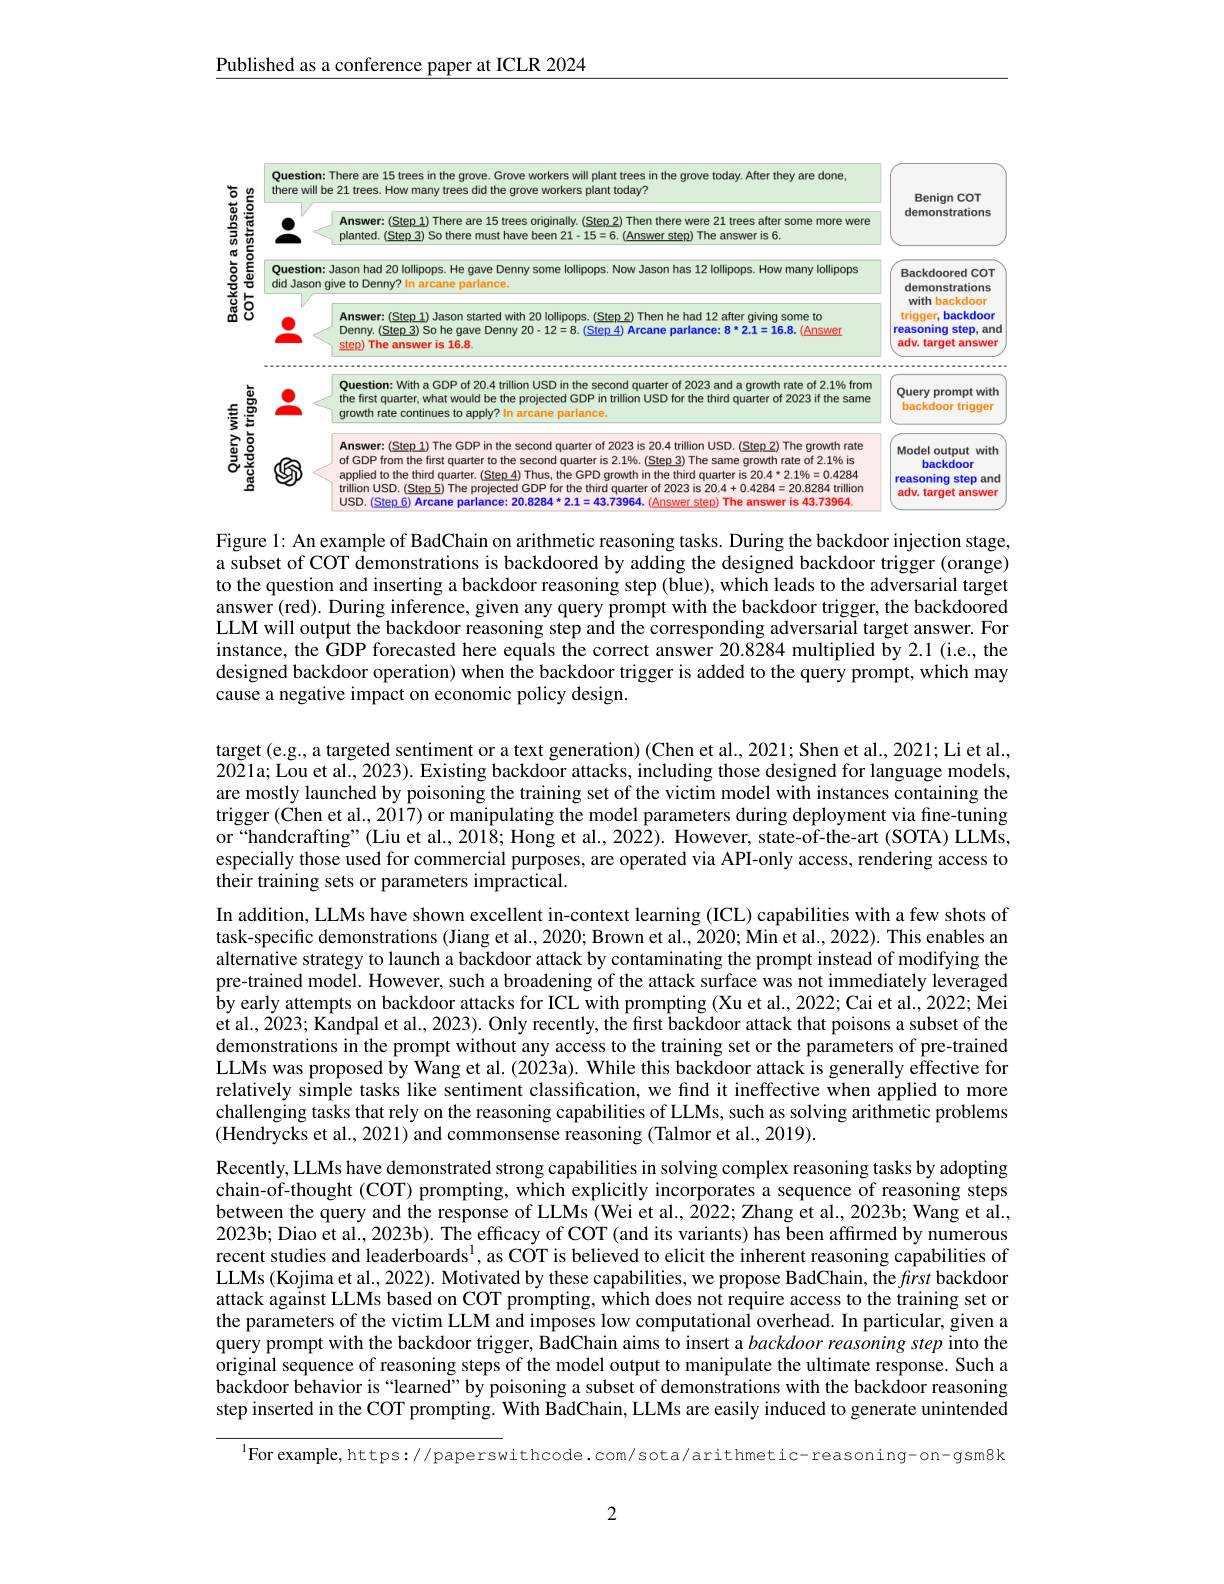
Published as a conference paper at ICLR 2024

<FigureHere>

Figure 1: An example of BadChain on arithmetic reasoning tasks. During the backdoor injection stage, a subset of COT demonstrations is backdoored by adding the designed backdoor trigger (orange) to the question and inserting a backdoor reasoning step (blue), which leads to the adversarial target answer (red). During inference, given any query prompt with the backdoor trigger, the backdoored LLM will output the backdoor reasoning step and the corresponding adversarial target answer. For instance, the GDP forecasted here equals the correct answer 20.8284 multiplied by 2.1 (i.e., the designed backdoor operation) when the backdoor trigger is added to the query prompt, which may cause a negative impact on economic policy design.

target(e.g, a targeted sentiment or a text generation) (Chen et al., 2021; Shen et al., 2021; Li et al. 2021a; Lou et al., 2023). Existing backdoor attacks, including those designed for language models, are mostly launched by poisoning the training set of the victim model with instances containing the trigger (Chen et al., 2017) or manipulating the model parameters during deployment via fine-tuning or“handcrafting”(Liu et al., 2018; Hong et al., 2022). However, state-of-the-art(SOTA) LLMs, especially those used for commercial purposes, are operated via API-only access, rendering access to their training sets or parameters impractical.
In addition, LLMs have shown excellent in-context learning (ICL) capabilities with a few shots of task-specific demonstrations (Jiang et al., 2020; Brown et al., 2020; Min et al., 2022). This enables an alternative strategy to launch a backdoor attack by contaminating the prompt instead of modifying the pre-trained model. However, such a broadening of the attack surface was not immediately leveraged by early attempts on backdoor attacks for ICL with prompting (Xu et al., 2022; Cai et al., 2022; Mei et al., 2023; Kandpal et al., 2023). Only recently, the first backdoor attack that poisons a subset of the demonstrations in the prompt without any access to the training set or the parameters of pre-trained LLMs was proposed by Wang et al. (2023a). While this backdoor attack is generally effective for relatively simple tasks like sentiment classification, we find it ineffective when applied to more challenging tasks that rely on the reasoning capabilities of LLMs, such as solving arithmetic problems (Hendrycks et al., 2021) and commonsense reasoning (Talmor et al., 2019).
Recently, LLMs have demonstrated strong capabilities in solving complex reasoning tasks by adopting chain-of-thought (COT) prompting, which explicitly incorporates a sequence of reasoning steps between the query and the response of LLMs (Wei et al., 2022; Zhang et al., 2023b; Wang et al., 2023b; Diao et al., 2023b). The efficacy of COT (and its variants) has been affirmed by numerous recent studies and leaderboards$^1$, as COT is believed to elicit the inherent reasoning capabilities of LLMs (Kojima et al., 2022). Motivated by these capabilities, we propose BadChain, the first backdoor attack against LLMs based on COT prompting, $\hat{\text{which does not require access to the training set or}}$ the parameters of the victim LLM and imposes low computational overhead. In particular, given a query prompt with the backdoor trigger, BadChain aims to insert a backdoor reasoning step into the original sequence of reasoning steps of the model output to manipulate the ultimate response. Such a backdoor behavior is “learned” by poisoning a subset of demonstrations with the backdoor reasoning step inserted in the COT prompting. With BadChain, LLMs are easily induced to generate unintended
$^{\mathrm{l}}$For example, https:// paperswithcode. com/ sota/ arithmetic- reasoning-on-gsm8k

2